Senior Leaving Certificate, 1942, 1942
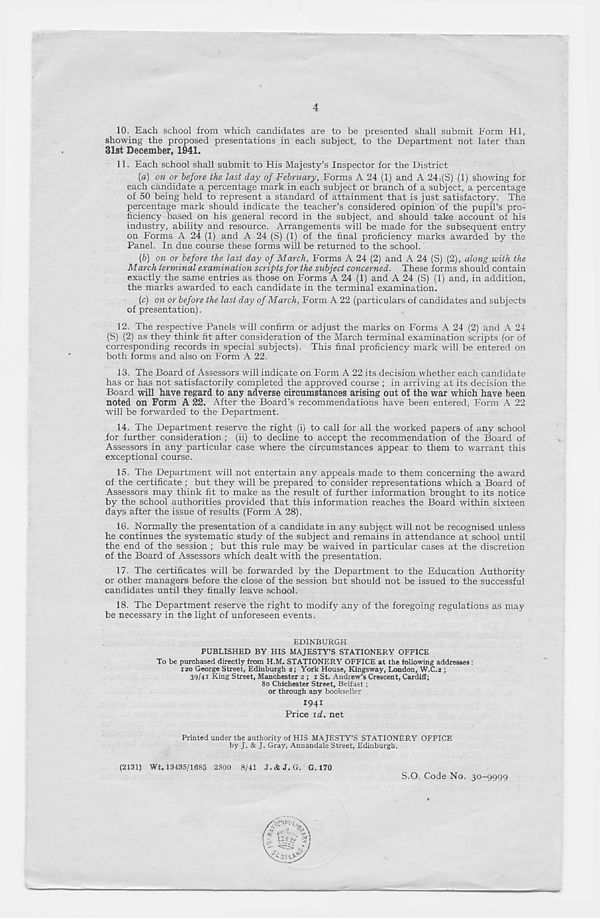
4
10. Each school from which candidates are to be presented shall submit Form HI,
showing the proposed presentations in each subject, to the Department not later than
31st December, 1941.
11. Each school shall submit to His Majesty’s Inspector for the District
{a) on or before the last day of February, Forms A 24 (1) and A 24 ,(S) (1) showing for
each candidate a percentage mark in each subject or branch of a subject, a percentage
of 50 being held to represent a standard of attainment that is just satisfactory. The
percentage mark should indicate the teacher’s considered opinion of the pupil's pro-
ficiency based on his general record in the subject, and should take account of his
industry, ability and resource. Arrangements will be made for the subsequent entry
on Forms A 24 (1) and A 24 (S) (1) of the final proficiency marks awarded by the
Panel. In due course these forms will be returned to the school.
(&) on or before the last day of March, Forms A 24 (2) and A 24 (S) (2), along with the
March terminal examination scripts for the subject concerned. These forms should contain
exactly the same entries as those on Forms A 24 (1) and A 24 (S) (1) and, in addition,
the marks awarded to each candidate in the terminal examination.
(c) on or before the last day of March, Form A 22 (particulars of candidates and subjects
of presentation).
12. The respective Panels will confirm or adjust the marks on Forms A 24 (2) and A 24
(S) (2) as they think fit after consideration of the March terminal examination scripts (or of
corresponding records in special subjects). This final proficiency mark will be entered on
both forms and also on Form A 22.
13. The Board of Assessors will indicate on Form A 22 its decision whether each candidate
has or has not satisfactorily completed the approved course ; in arriving at its decision the
Board will have regard to any adverse circumstances arising out of the war which have been
noted on Form A 22. After the Board's recommendations have been entered. Form A 22
will be forwarded to the Department.
14. The Department reserve the right (i) to call for all the worked papers of any school
for further consideration ; (ii) to decline to accept the recommendation of the Board of
Assessors in any particular case where the circumstances appear to them to warrant this
exceptional course.
15. The Department will not entertain any appeals made to them concerning the award
of the certificate ; but they will be prepared to consider representations which a Board of
Assessors may think fit to make as the result of further information brought to its notice
by the school authorities provided that this information reaches the Board within sixteen
days after the issue of results (Form A 28).
16. Normally the presentation of a candidate in any subject will not be recognised unless
he continues the systematic study of the subject and remains in attendance at school until
the end of the session ; but this rule may be waived in particular cases at the discretion
of the Board of Assessors which dealt with the presentation.
17. The certificates will be forwarded by the Department to the Education Authoritjr
or other managers before the close of the session but should not be issued to the successful
candidates until they finally leave school.
18. The Department reserve the right to modify any of the foregoing regulations as may
be necessary in the light of unforeseen events.
EDINBURGH
PUBLISHED BY HIS MAJESTY’S STATIONERY OFFICE
To be purchased directly from H.M. STATIONERY OFFICE at the following addresses:
120 George Street, Edinburgh 2; York House, Kingsway, London, W.C.2 ;
39/41 King Street, Manchester 2 ; 1 St. Andrew’s Crescent, Cardiff;
80 Chichester Street, Belfast;
or through any bookseller
1941
Price id. net
Printed under the authority of HIS MAJESTY’S STATIONERY OFFICE
by J. & J. Gray, Annandale Street, Edinburgh.
(2131) Wt. 13435/1685 2500
8/41 .T.ifcJ. G. G. 170
S.O. Code No. 30-9999